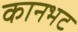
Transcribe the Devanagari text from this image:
कानभट